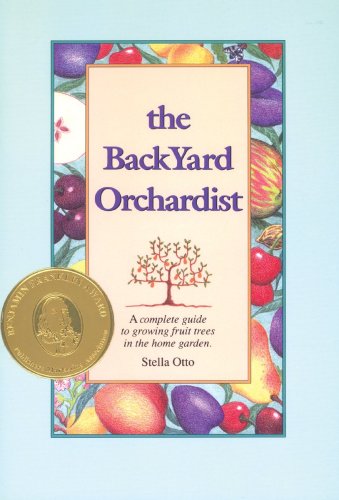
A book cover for The Backyard Orchardist: A Complete Guide to Growing Fruit Trees in the Home Garden; Stella Otto; Crafts, Hobbies & Home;